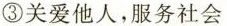
③关爱他人，服务社会